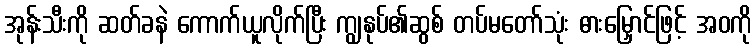
အုန်းသီးကို ဆတ်ခနဲ ကောက်ယူလိုက်ပြီး ကျွနုပ်၏ဆွစ် တပ်မတော်သုံး ဓားမြှောင်ဖြင့် အဝကို